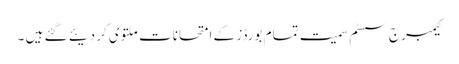
کیمبرج سسٹم سمیت تمام بورڈز کے امتحانات ملتوی کر دیئے گئے ہیں ۔